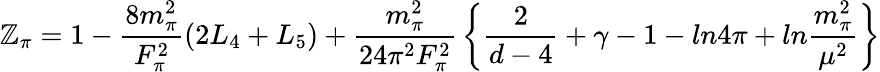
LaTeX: \mathbb{Z}_{\pi}=1-{\frac{{8m_{\pi}^{2}}}{{F_{\pi}^{2}}}}(2L_{4}+L_{5})+{\frac{{m_{\pi}^{2}}}{{24\pi^{2}F_{\pi}^{2}}}}\left\{ {\frac{{2}}{{d-4}}}+\gamma-1-ln4\pi+ln{\frac{{m_{\pi}^{2}}}{{\mu^{2}}}}\right\}